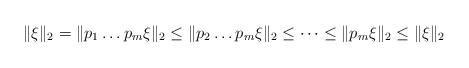
\begin{align*}\|\xi\|_2=\|p_1\dots p_m\xi\|_2\leq\|p_2\dots p_m\xi\|_2\leq\dots\leq\|p_m\xi\|_2\leq\|\xi\|_2\end{align*}